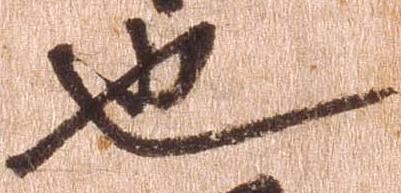
也